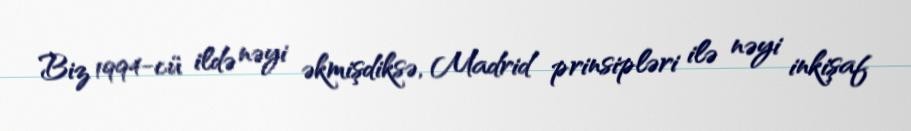
Biz 1994-cü ildə nəyi əkmişdiksə, Madrid prinsipləri ilə nəyi inkişaf